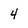
Character: 4